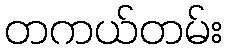
တကယ်တမ်း